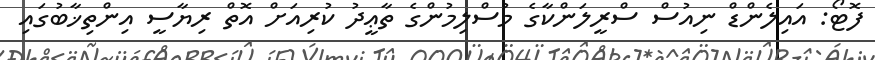
ފޮޓޯ: އައިލެންޑް ނިއުސް ސްރީލަންކާގެ މުސްލިމުންގެ ތާޢީދު ކުރިއަށް އޮތް ރިޔާސީ އިންތިޚާބުގައި